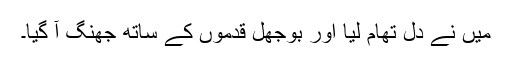
میں نے دل تھام لیا اور بوجھل قدموں کے ساتھ جھنگ آ گیا۔